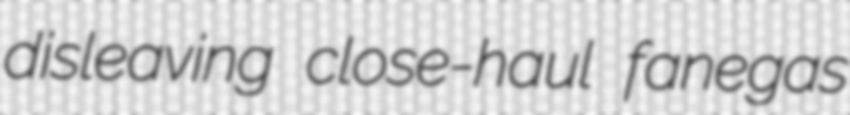
disleaving close-haul fanegas